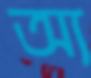
অ্য